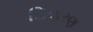
િવારણ